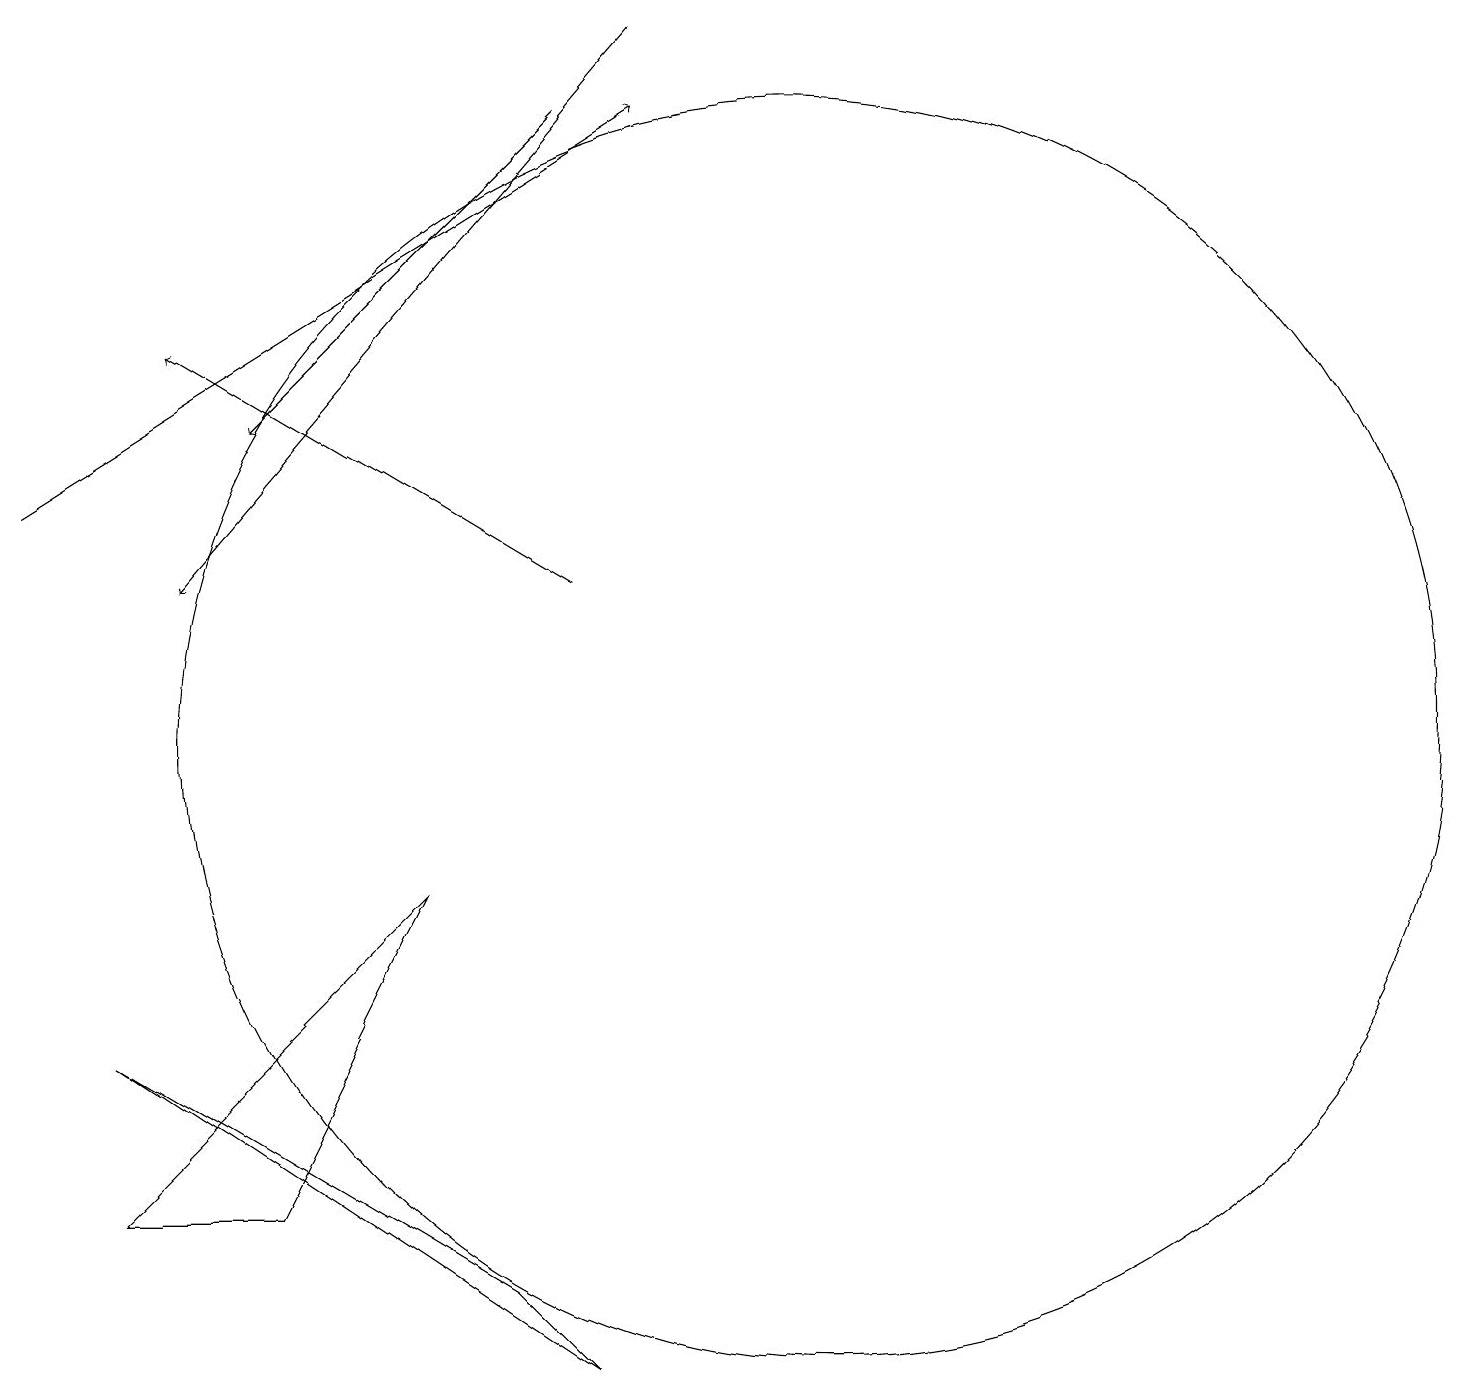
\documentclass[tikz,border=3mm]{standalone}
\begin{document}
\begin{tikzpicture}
\draw[->] (8,19) -- (2,12);
\draw[->] (7,18) -- (3,14);
\draw[->] (0,13) -- (8,18);
\draw (10,10) circle (8);
\draw (6,3) -- (1,6) -- (7,2) -- cycle;
\draw[->] (7,12) -- (2,15);
\draw (5,8) -- (3,4) -- (1,4) -- cycle;
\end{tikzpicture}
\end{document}